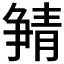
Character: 𲊖